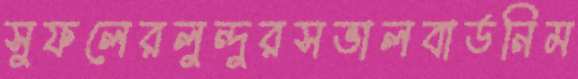
সুফলেরলুন্দুরসভালবার্ডনিম